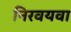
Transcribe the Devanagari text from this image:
निरवयवा